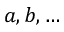
a , b , \ldots